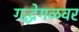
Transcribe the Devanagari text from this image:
गद्धेगळवर